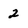
Character: 2